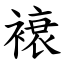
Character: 䙑